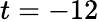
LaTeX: t=-12